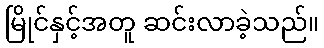
မြိုင်နှင့်အတူ ဆင်းလာခဲ့သည်။